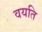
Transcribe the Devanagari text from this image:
वयति